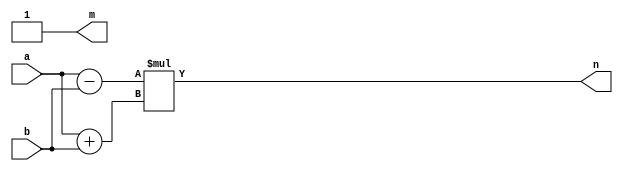
module functi0n_task(input signed [3:0] a, b,
                     output reg  m,
                     output  reg signed [3:0] n
                     );
    wire [3:0]                            c;
    reg [3:0]                             d, e;
    
    function signed [3:0] fun1(input signed [3:0] a, b);
        begin
            fun1 = a + b;
        end
    endfunction // fun1
    task tas1(input signed [3:0] a, b,
              output signed  [3:0] c,d);
     begin
         c = a + b;
         d = a - b;
     end
        
    endtask // tas1
    assign c = fun1( a, b);
always @ (*)
begin
    tas1 (a, b,d, e) ;
    if (c == d)
      m  = 1'b1;
    else
      m = 1'b0;
    n = e * fun1(a, b);
end
endmodule // functi0n_task